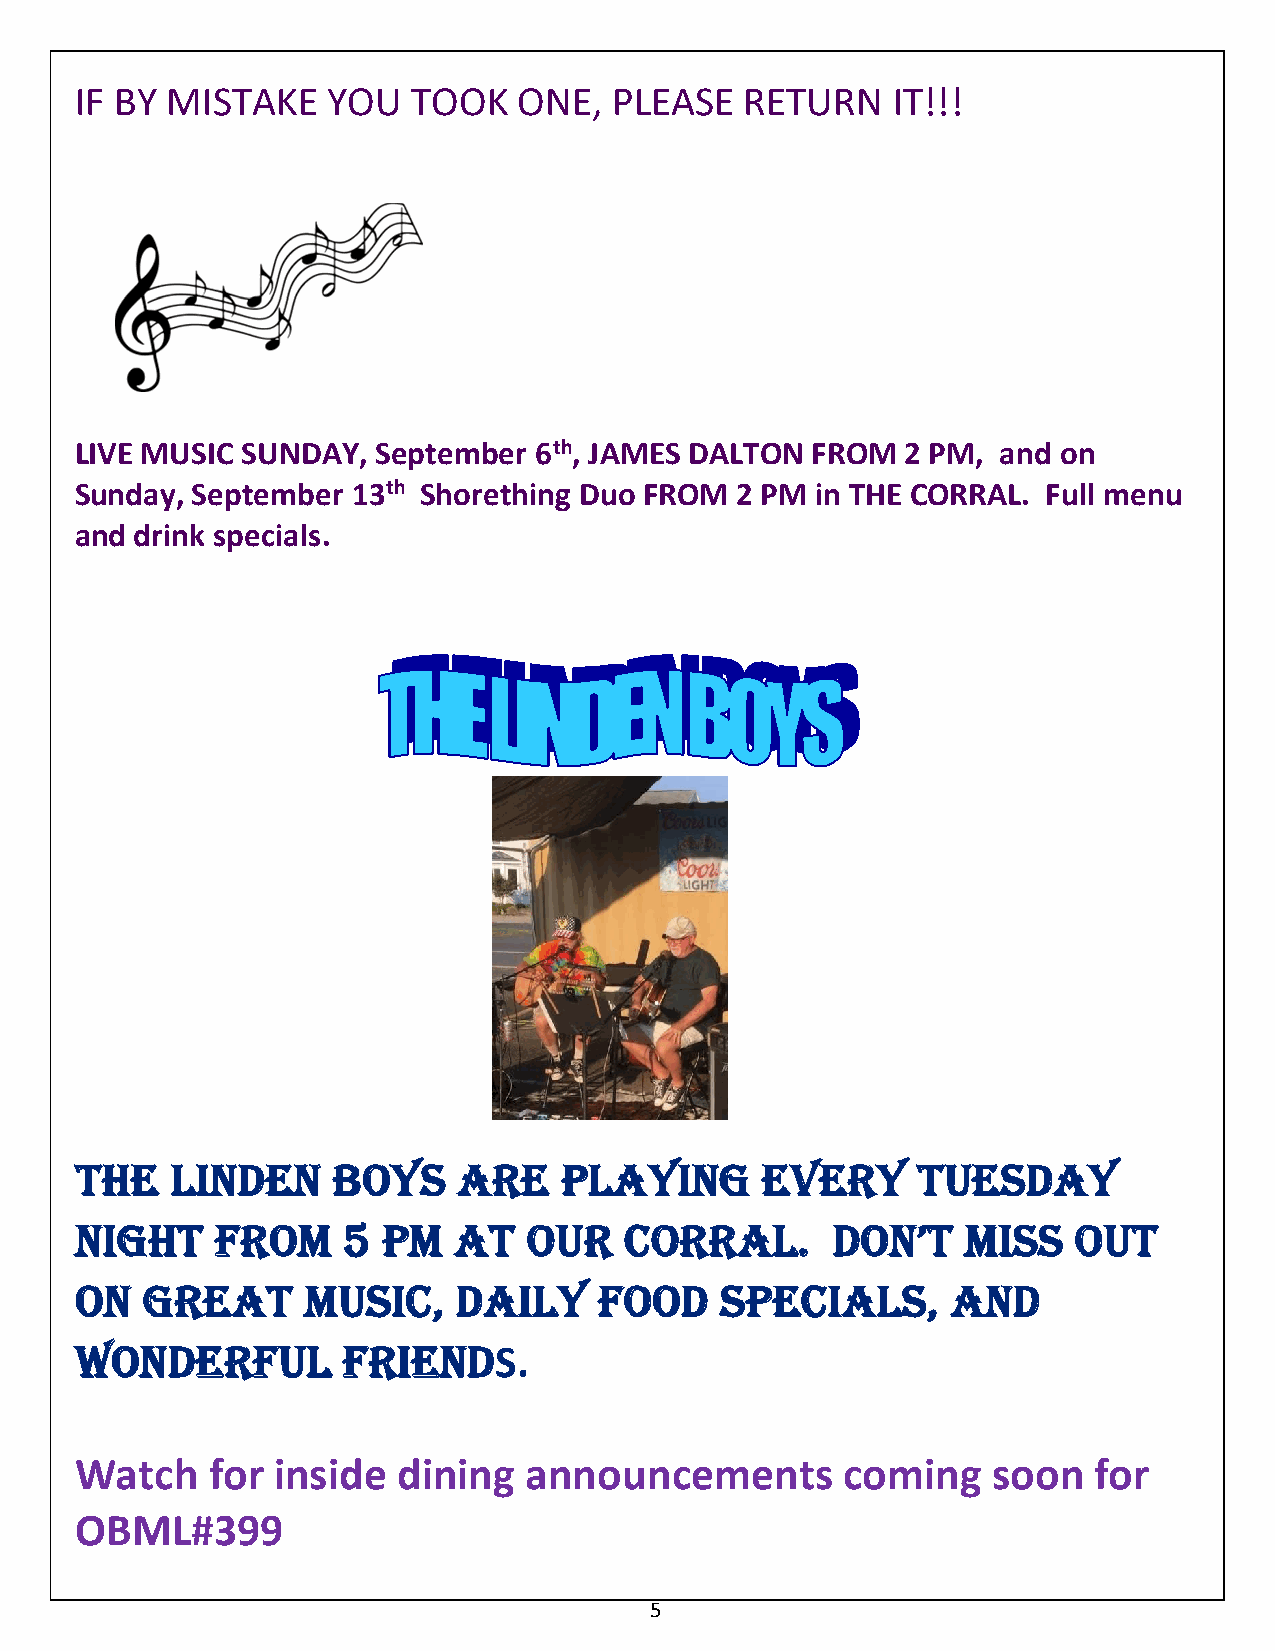
IF BY MISTAKE    YOU  TOOK   ONE,   PLEASE  RETURN    IT!!!
 LIVE MUSIC SUNDAY,  September 6th, JAMES DALTON  FROM  2 PM, and on
 Sunday, September 13th Shorething Duo FROM  2 PM in THE CORRAL. Full menu
 and drink specials.
 THE   LINdEN     BoYS    ARE    pLAYINg      EVERY      TUESdAY
 NIgHT    FRoM     5 pM   AT   oUR   CoRRAL.       doN’T    MISS   oUT
 oN  gREAT      MUSIC,    dAILY     Food    SpECIALS,      ANd
 WoNdERFUL         FRIENdS.
 Watch    for inside  dining   announcements        coming    soon  for
 OBML#399
 5